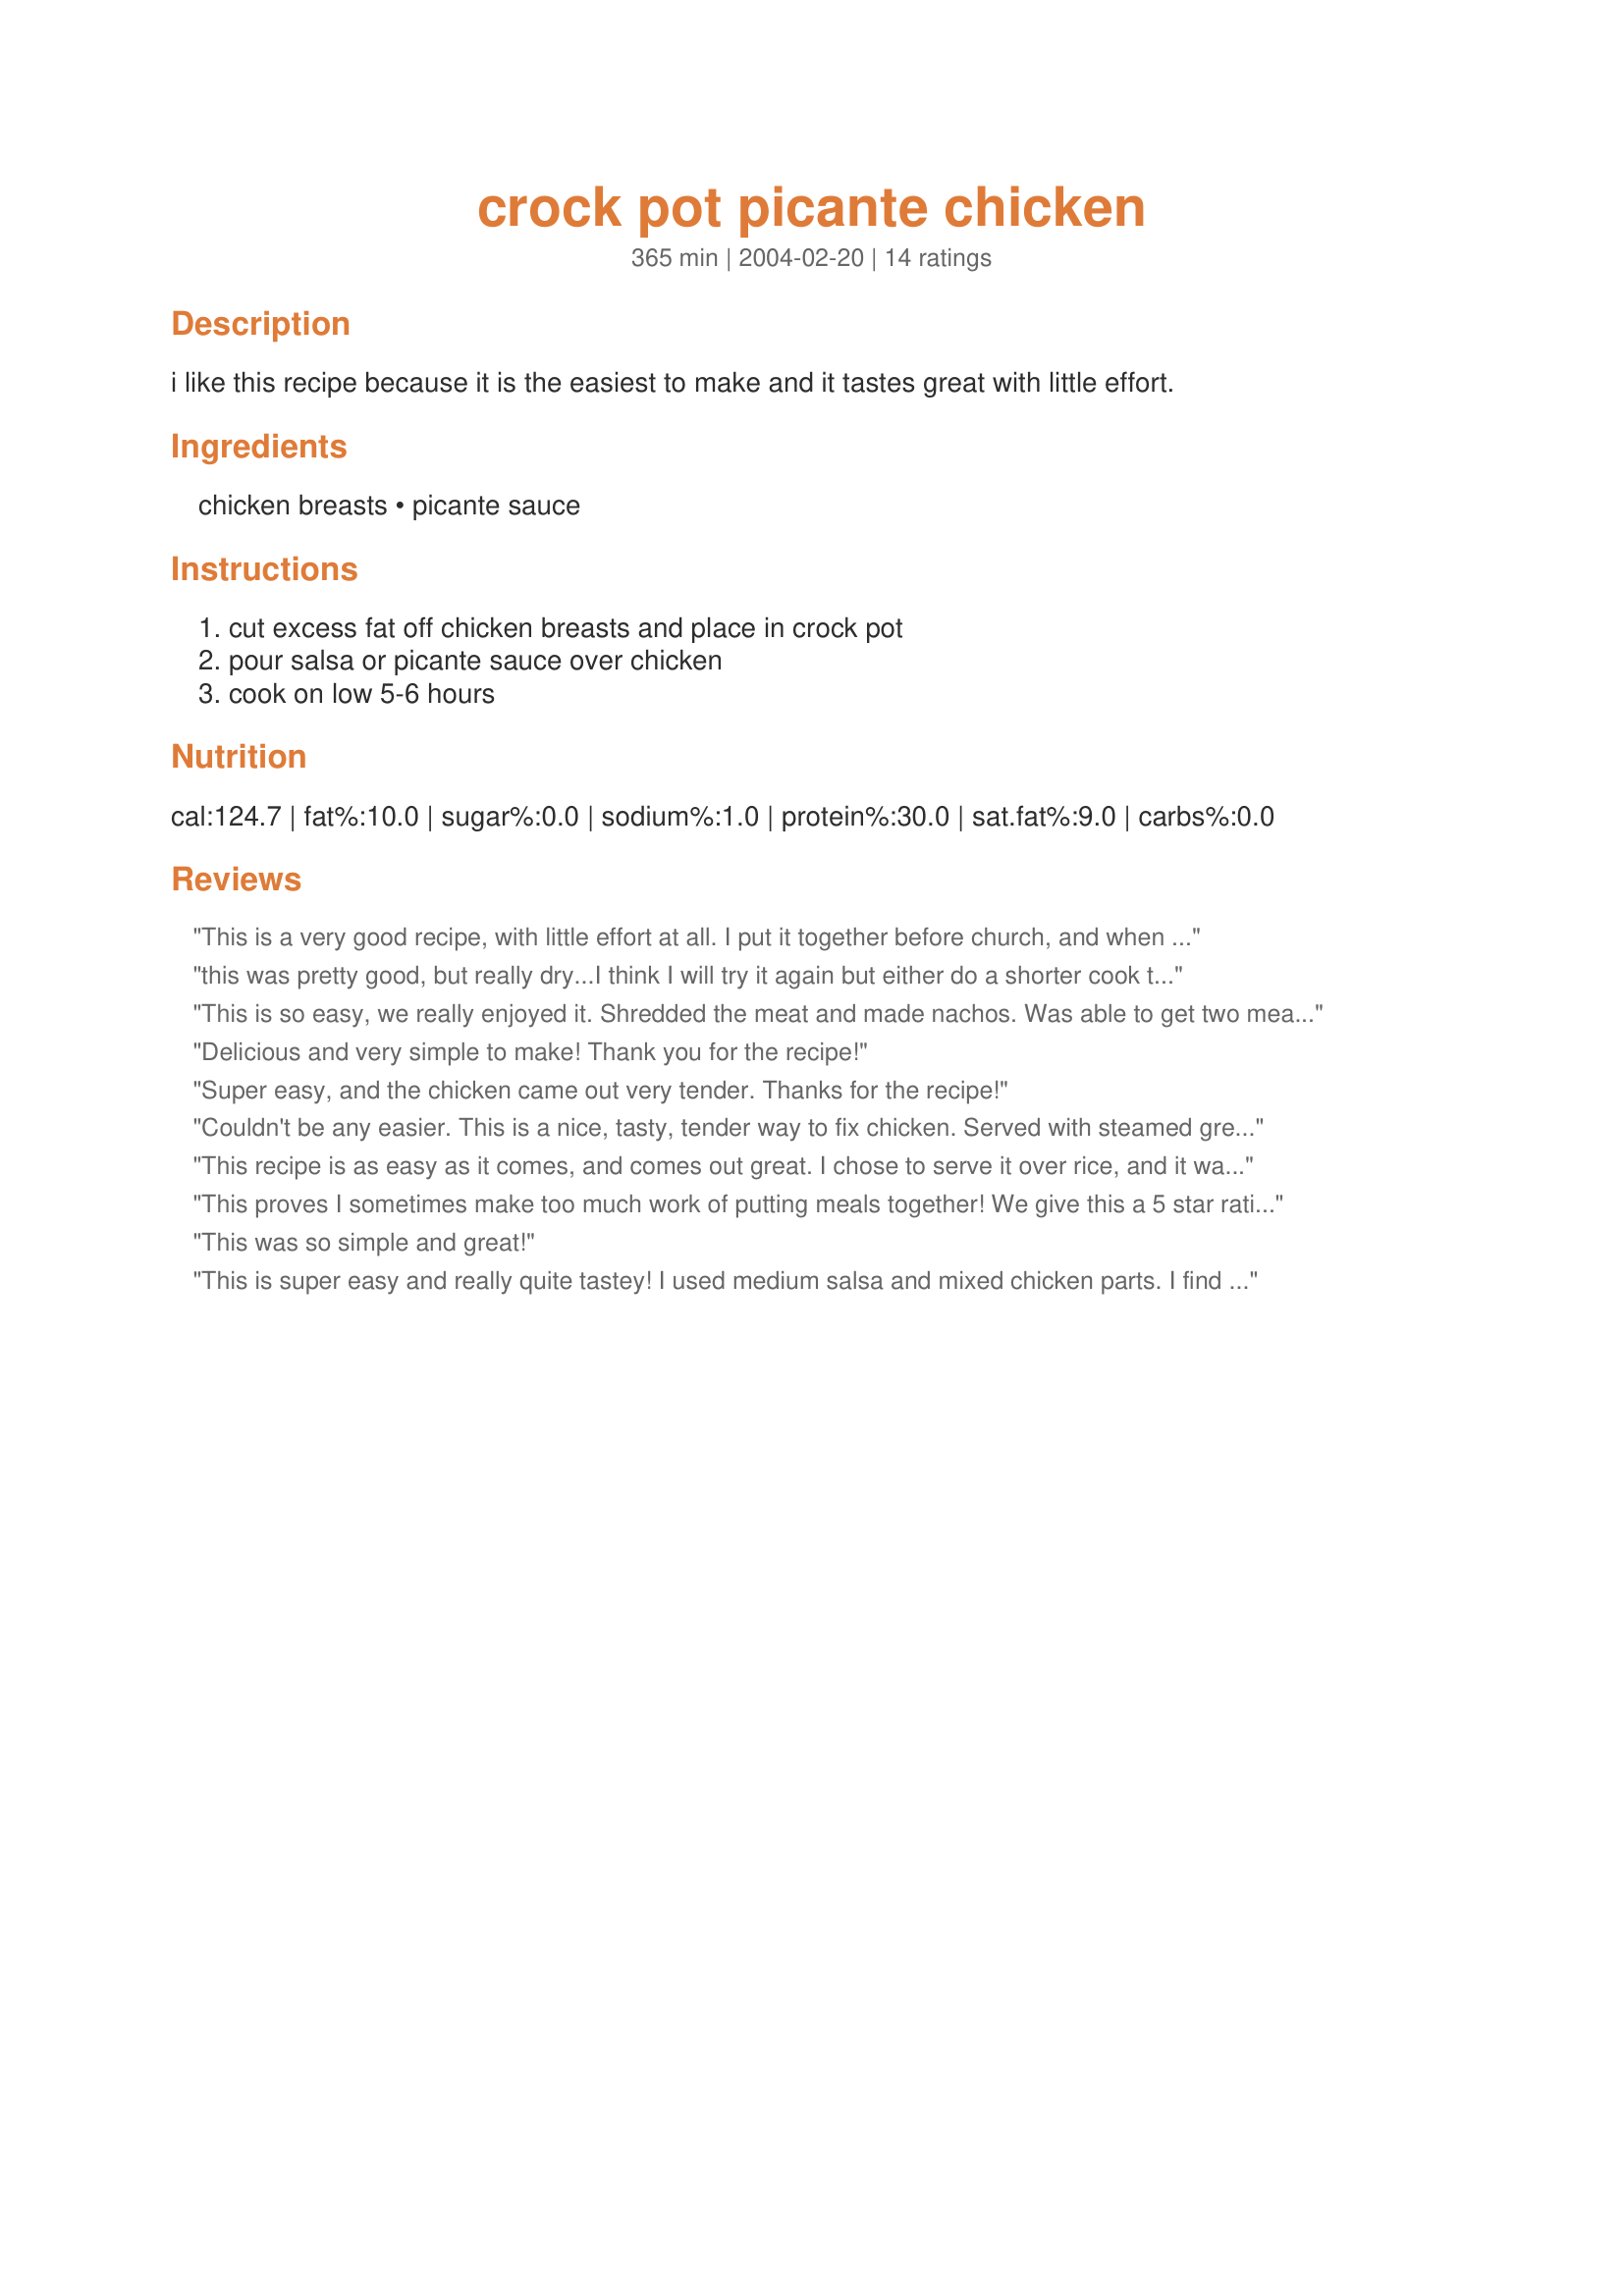
crock pot picante chicken
Preparation time: 365 minutes

i like this recipe because it is the easiest to make and it tastes great with little effort.

Ingredients:
chicken breasts, picante sauce

Steps:
cut excess fat off chicken breasts and place in crock pot, pour salsa or picante sauce over chicken, cook on low 5-6 hours

Reviews:
This is a very good recipe, with little effort at all. I put it together before church, and when we returned home, the house smelled great. My family loves this recipe!
this was pretty good, but really dry...I think I will try it again but either do a shorter cook time or maybe put the breasts in frozen to prevent this. Otherwise- this is a super easy recipe with great flavor! Thank you for sharing this!
This is so easy, we really enjoyed it. Shredded the meat and made nachos. Was able to get two meals out of it. Great recipe.
Delicious and very simple to make!
Thank you for the recipe!
Super easy, and the chicken came out very tender. Thanks for the recipe!
Couldn't be any easier. This is a nice, tasty, tender way to fix chicken. Served with steamed green beans and rice. Delicious.

This recipe is as easy as it comes, and comes out great. I chose to serve it over rice, and it was a real hit with my family. Thank you.
This proves I sometimes make too much work of putting meals together! We give this a 5 star rating in our book! VERY simple and easy to make with ingredients we usually have on hand. We loved this, and the flavors blend together very well in the crockpot; and we thought the leftovers were even better. We'll definitely be making this one again! Thank you for sharing this wonderful recipe!
This was so simple and great!
This is super easy and really quite tastey! I used medium salsa and mixed chicken parts. I find breasts dry out if I am not home to check them on time so used thighs and legs. Very good and a super simple keeper. Thank you
Made this yesterday even though I only got a spoonful my DH rated it very high. The flavor were good mixed together and the chicken was tender. Can't get any easier than this. Thanks for the recipe.
Made this for dinner tonight. Very good and very easy. I think the slow cooking really brings out the flavors of the salsa. I shredded the meat and used in burritos with some refried beans and cheese. Thank you for sharing this recipe gem.
This is a recipe where the sum is greater than the parts. It's hard to believe that a two-ingredient recipe can taste like you slaved away in the kitchen all day! The chicken can be combined with rinsed black beans, corn, etc. and used in burritos. Or add chicken broth to the leftovers for soup. It can be frozen for future meals--even if you don't do once a month cooking, it's still nice to have a couple of dinners in the freezer!
VERY easy and just as good. I used frozen tenderloins (put them in frozen too) and a jar of salsa on low for 7 hours. Shredded the chicken and used in wraps. Thanks for a great recipe!
